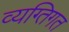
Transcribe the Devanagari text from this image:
व्यग्तिगत